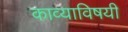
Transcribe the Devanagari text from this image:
काव्याविषयी